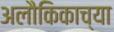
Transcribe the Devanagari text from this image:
अलौकिकाच्या